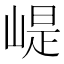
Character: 崼